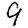
Digit: 9